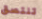
تلتصق